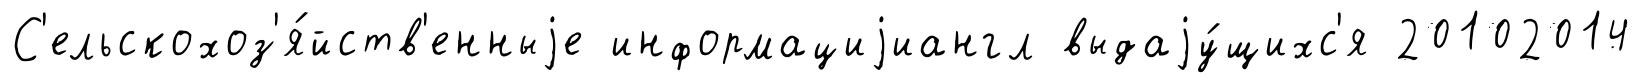
С'ельскохоз'я́йств'енныjе информациjиангл выдаjу́щихс'я 20102014